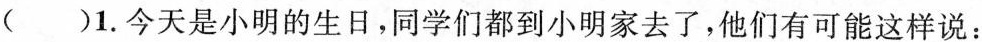
( )1.今天是小明的生日,同学们都到小明家去了,他们有可能这样说: